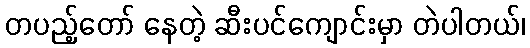
တပည့်တော် နေတဲ့ ဆီးပင်ကျောင်းမှာ တဲပါတယ်၊